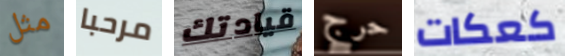
مثل مرحبا قيادتك حرج كعكات